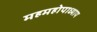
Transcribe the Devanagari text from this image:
महमहोपाध्याय